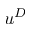
u ^ { D }